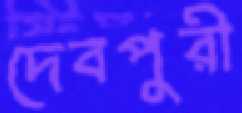
দেবপুরী